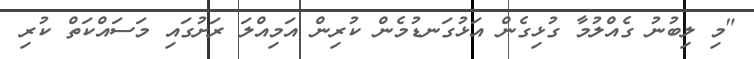
"މި ލިބުނު ގެއްލުމާ ގުޅިގެން އަޅުގަނޑުމެން ކުރިން އަމިއްލަ ރަށުގައި މަސައްކަތް ކުރި